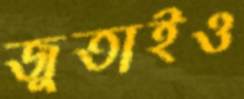
জুতাইও